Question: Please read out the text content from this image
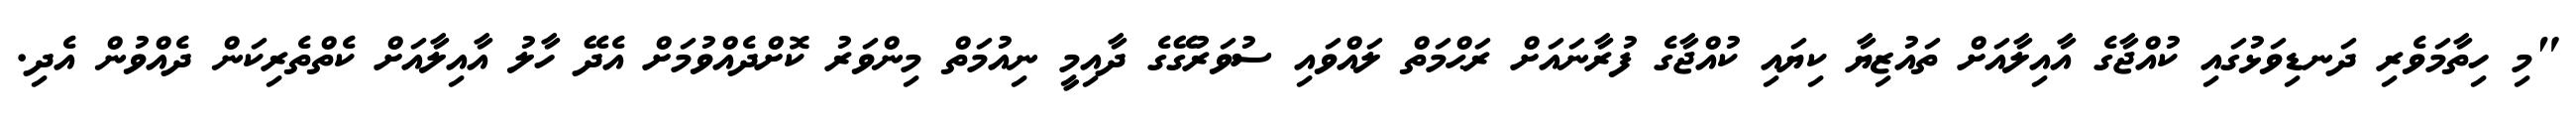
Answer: "މި ހިތާމަވެރި ދަނޑިވަޅުގައި ކުއްޖާގެ އާއިލާއަށް ތައުޒިޔާ ކިޔައި ކުއްޖާގެ ފުރާނައަށް ރަޙްމަތް ލައްވައި ސުވަރުގޭގެ ދާއިމީ ނިއުމަތް މިންވަރު ކޮށްދެއްވުމަށް އެދޭ ހާލު އާއިލާއަށް ކެތްތެރިކަން ދެއްވުން އެދި.